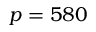
p = 5 8 0